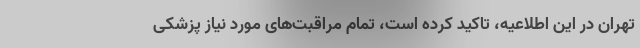
تهران در این اطلاعیه، تاکید کرده است، تمام مراقبت‌های مورد نیاز پزشکی